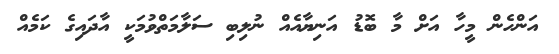
އަންހެން މީހާ އަށް މާ ބޮޑު އަނިޔާއެއް ނުލިބި ސަލާމަތްވުމަކީ އާދައިގެ ކަމެއް